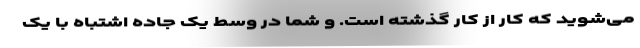
می‌شوید که کار از کار گذشته است. و شما در وسط یک جاده اشتباه با یک